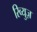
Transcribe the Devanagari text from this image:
रिव्युज़